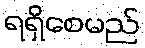
ရရှိစေမည်